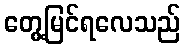
တွေ့မြင်ရလေသည်